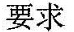
要求